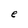
Character: e